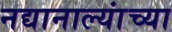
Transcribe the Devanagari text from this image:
नद्यानाल्यांच्या